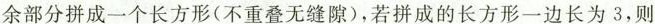
余部分拼成一个长方形(不重叠无缝隙)，若拼成的长方形一边长为3，则